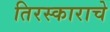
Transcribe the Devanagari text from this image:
तिरस्काराचे